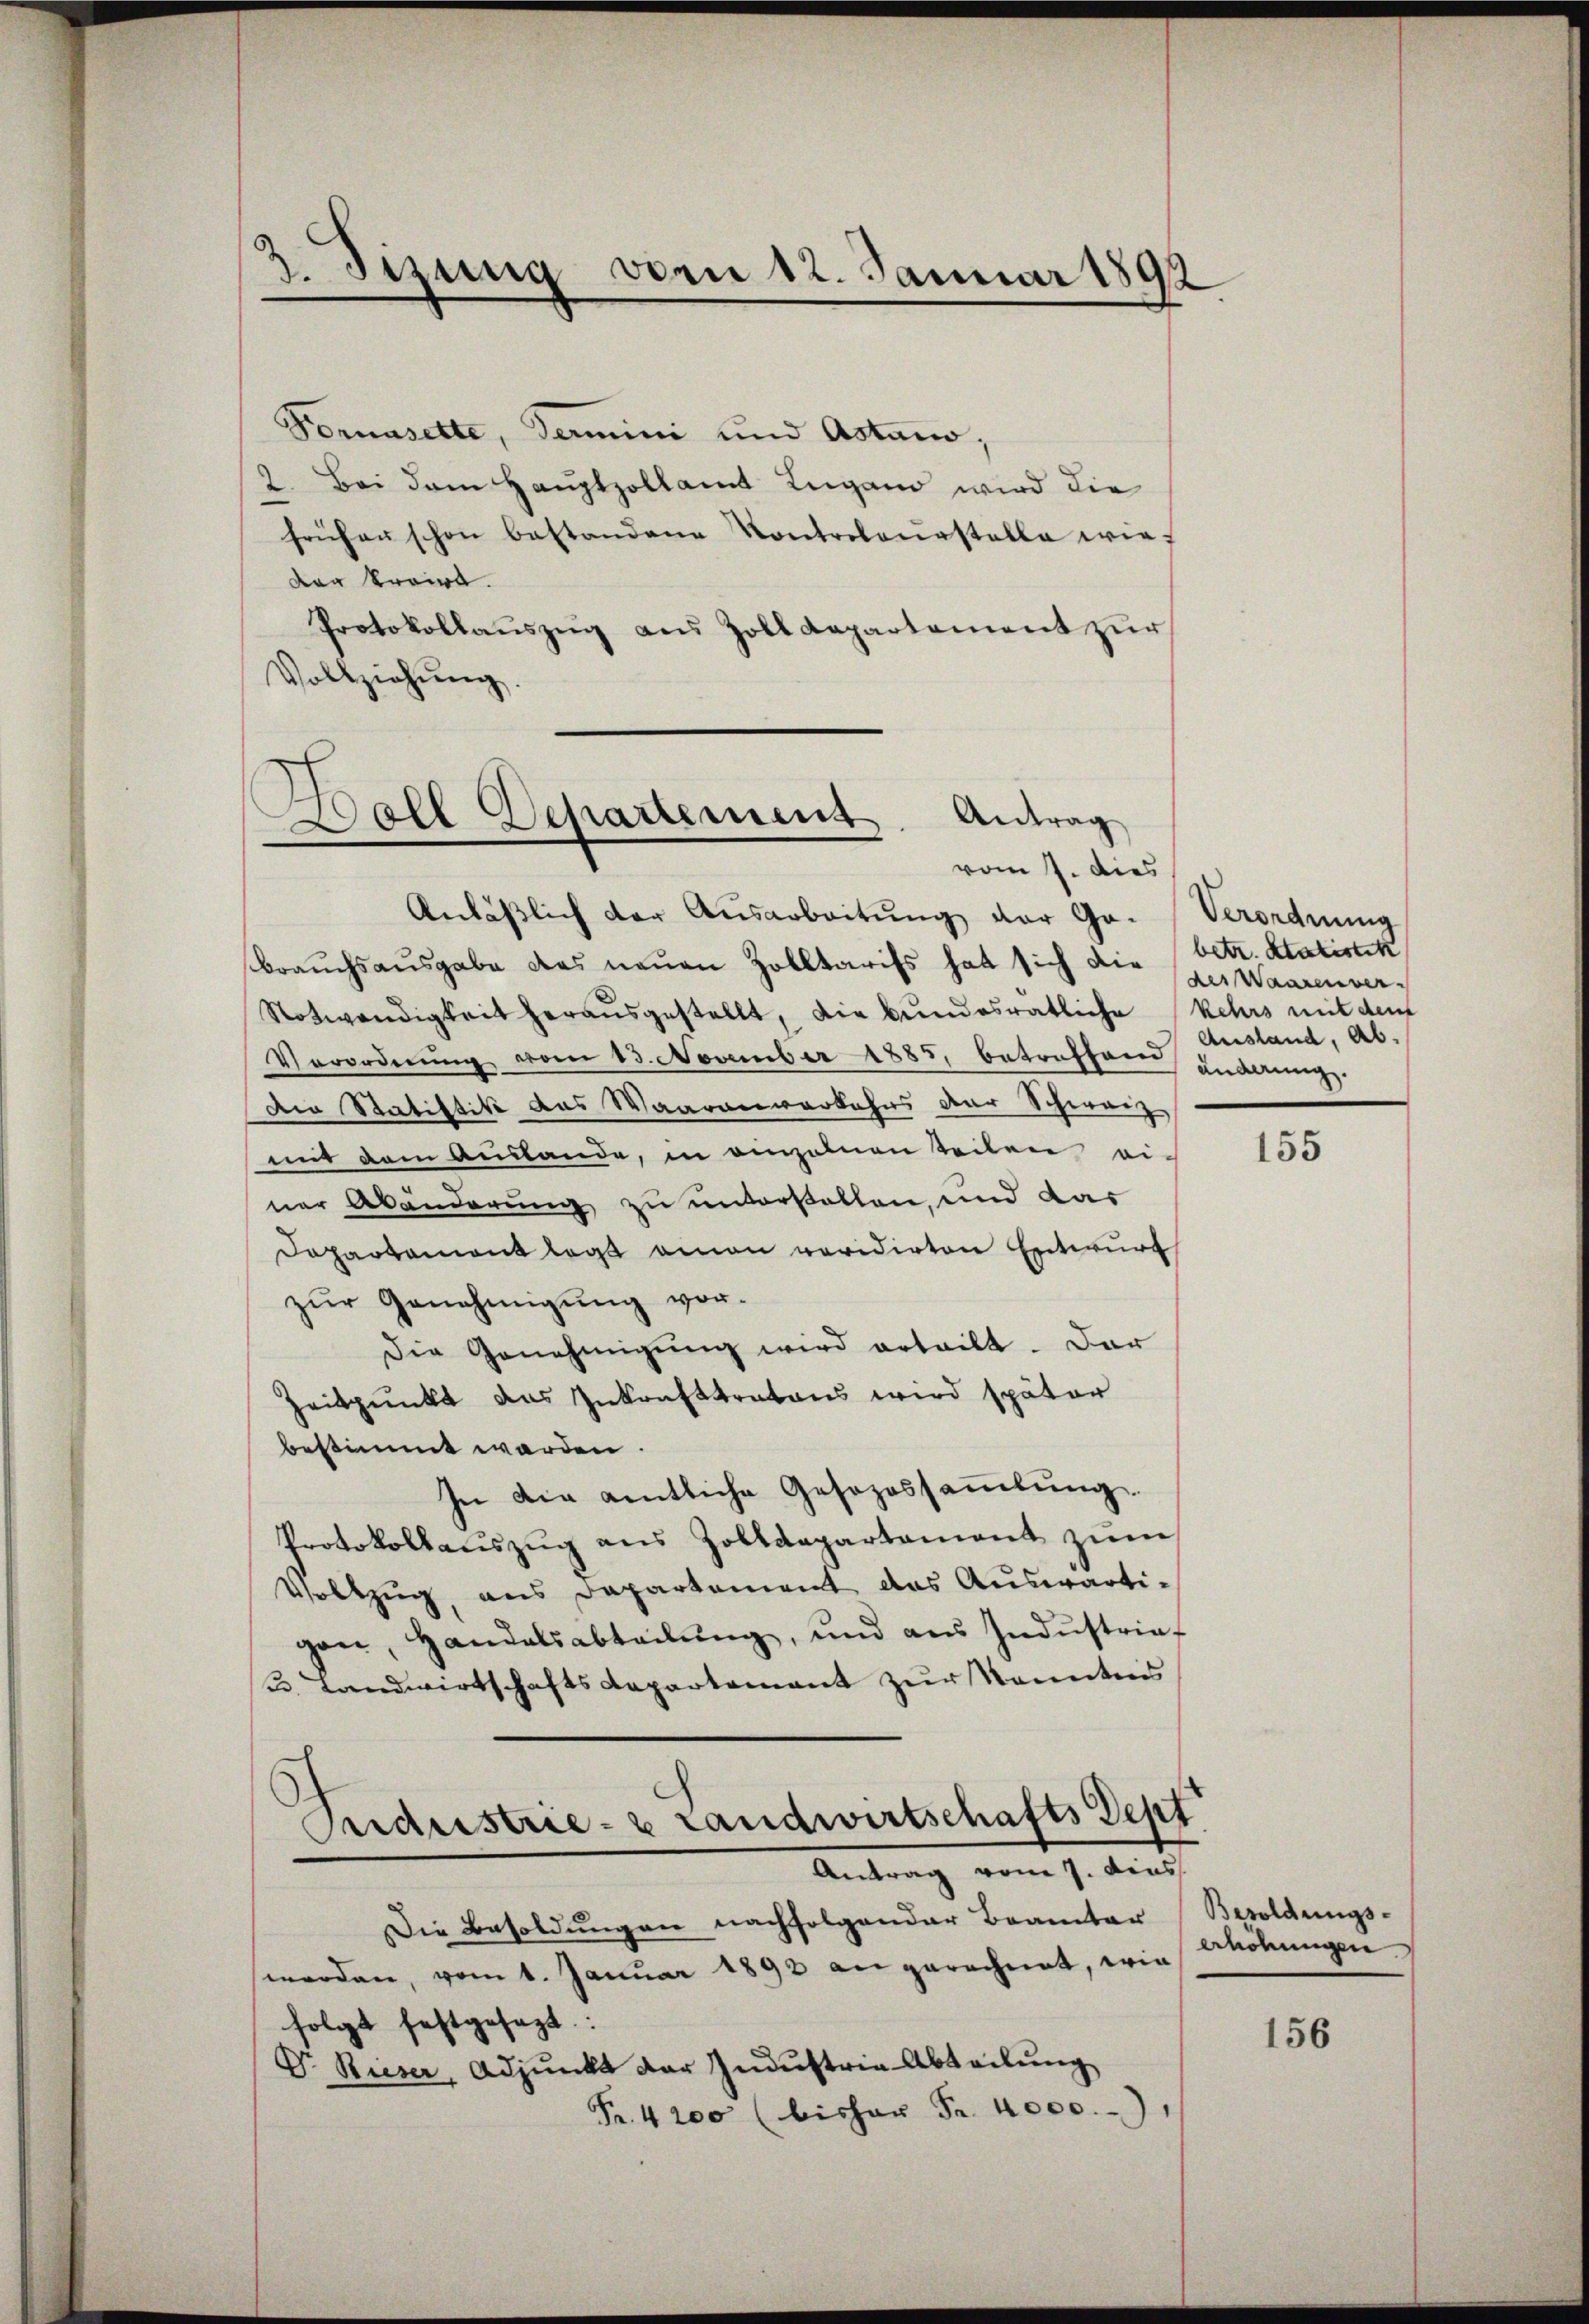
2. Jezung von 12. Januar 1892

Fornasette, Termini und Astano;
2. Bei dem Hauptzollamt Lugand wird die
frühen schon bestandene Kontretoŭrstelle wiedar traire.
Protokollauszug aus Zolldepartement zur
Vollziehŭng.

oll Departement. Antrag
vom 7. dies

Industrie- & Landwirtschafts Sept
Antrag vom 7. dies

Anläßlich der Ausarbeitung der Go- (Verordnung
brauchsausgabe das neuen Zolltarifs hat sich die betr. Statistik
Notwendigkeit heraŭsgestellt, die bundesrätliche Kehrs mit dem
Verordnŭng vom 13. November 1885, betreffen anderungs
Die Statistik das Waarenverkehrs der Schwarz
mit dem Austande, in einzelnen teilen einer Abänderung zu unterstellen, und das
Dapartement legt man revidirten Entwurf
zŭr Genehmigŭng vor.
Die Genehmigŭng wird erteilt. Der
Zeitpunkt das Inkrafttratons wird später
bestimmt werden.
In die amtliche Gesezessammlung.
Protokollaŭszŭg ans Zolldepartement zŭm
Vollzug aus Departement das Auswärti-
gan, Handelsabteilŭng, und aŭs Indŭstrief
B. Landwirtschafts Departement zur Kenntnis

Die Besoldungen nachfolgender Beamter
werden, vom 1. Januar 1892 an gerechnet, wie
folgt festgesezt:
V. Rieser, Adjunkt der Industria Abteilung
Fr. 4200 (bisher Fr. 4000.,

der Waarenver¬
Ausland, ab.

155

Besoldungs-
erhöhungen

156